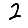
Digit: 2